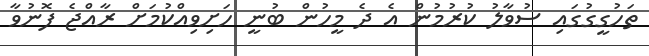
ތަހުގީގުގައި ސުވާލު ކުރުމުން އެ ދެ މީހުން ބުނީ ހަށިވިއްކުމަށް ރާއްޖެ ފޮނުވާ